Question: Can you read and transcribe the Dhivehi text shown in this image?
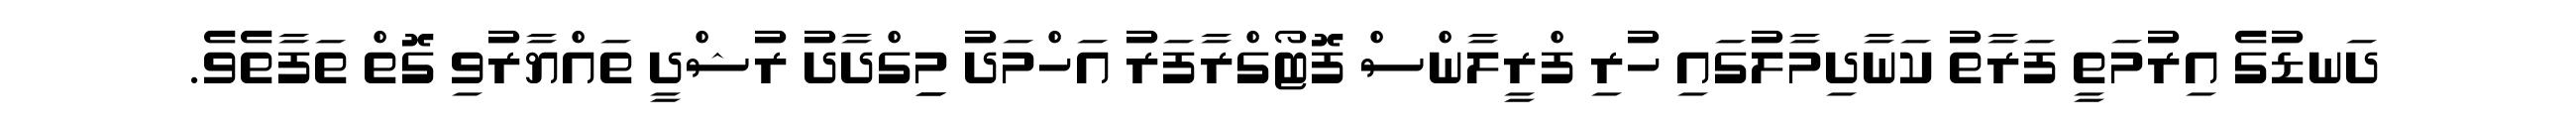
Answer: ދަނޑުގެ އިރުމަތީ ފަރާތު ކަނާދިމާލުގައި ހުރި ފްރީލާންސް ފޮޓޯގްރާފަރު އަހްމަދު މިިގްދާދު ރުޝްދީ ތައްޔާރުވި ގޮތް ތަފާތެވެ.